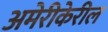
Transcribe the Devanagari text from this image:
अमेरीकेरील